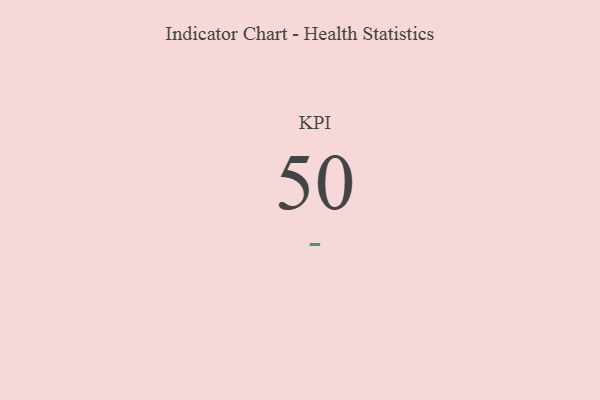
{"axis": {"x": "KPI", "y": "Value"}, "legend": [""], "data": [{"x": "KPI", "y": 50, "type": ""}]}